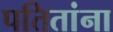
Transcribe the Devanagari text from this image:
पतितांना